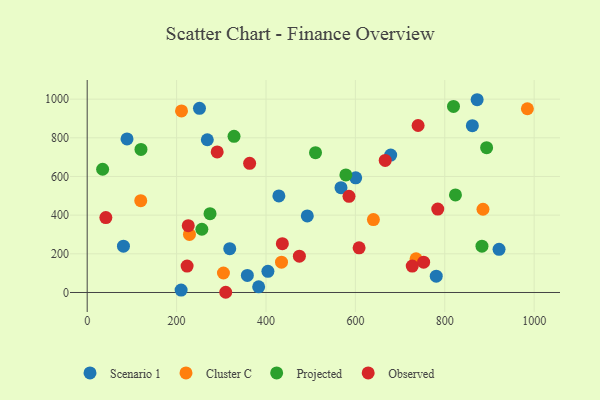
{"axis": {"x": "Study Hours", "y": "Salary"}, "legend": ["Cluster C", "Observed", "Projected", "Scenario 1"], "data": [{"x": "251.2", "y": 952.6, "type": "Scenario 1"}, {"x": "358.3", "y": 88.2, "type": "Scenario 1"}, {"x": "861.7", "y": 862.8, "type": "Scenario 1"}, {"x": "404.3", "y": 109.4, "type": "Scenario 1"}, {"x": "81.1", "y": 239.6, "type": "Scenario 1"}, {"x": "567.8", "y": 542.1, "type": "Scenario 1"}, {"x": "780.9", "y": 84.4, "type": "Scenario 1"}, {"x": "492.4", "y": 396.2, "type": "Scenario 1"}, {"x": "679.0", "y": 710.6, "type": "Scenario 1"}, {"x": "428.8", "y": 499.6, "type": "Scenario 1"}, {"x": "872.4", "y": 997.0, "type": "Scenario 1"}, {"x": "383.6", "y": 29.5, "type": "Scenario 1"}, {"x": "89.1", "y": 794.5, "type": "Scenario 1"}, {"x": "600.7", "y": 592.9, "type": "Scenario 1"}, {"x": "210.1", "y": 12.4, "type": "Scenario 1"}, {"x": "318.9", "y": 226.5, "type": "Scenario 1"}, {"x": "268.7", "y": 789.9, "type": "Scenario 1"}, {"x": "921.4", "y": 223.1, "type": "Scenario 1"}, {"x": "984.8", "y": 950.4, "type": "Cluster C"}, {"x": "119.8", "y": 474.7, "type": "Cluster C"}, {"x": "211.0", "y": 939.2, "type": "Cluster C"}, {"x": "735.7", "y": 174.0, "type": "Cluster C"}, {"x": "434.7", "y": 157.0, "type": "Cluster C"}, {"x": "640.3", "y": 377.0, "type": "Cluster C"}, {"x": "304.8", "y": 100.9, "type": "Cluster C"}, {"x": "228.8", "y": 300.1, "type": "Cluster C"}, {"x": "885.5", "y": 430.5, "type": "Cluster C"}, {"x": "328.5", "y": 807.5, "type": "Projected"}, {"x": "256.5", "y": 327.1, "type": "Projected"}, {"x": "819.5", "y": 962.5, "type": "Projected"}, {"x": "120.3", "y": 740.0, "type": "Projected"}, {"x": "823.9", "y": 504.5, "type": "Projected"}, {"x": "893.6", "y": 749.0, "type": "Projected"}, {"x": "510.8", "y": 723.3, "type": "Projected"}, {"x": "883.2", "y": 239.7, "type": "Projected"}, {"x": "578.7", "y": 608.3, "type": "Projected"}, {"x": "274.8", "y": 407.4, "type": "Projected"}, {"x": "34.5", "y": 637.4, "type": "Projected"}, {"x": "290.8", "y": 727.2, "type": "Observed"}, {"x": "752.7", "y": 156.8, "type": "Observed"}, {"x": "226.1", "y": 345.7, "type": "Observed"}, {"x": "223.5", "y": 136.7, "type": "Observed"}, {"x": "666.7", "y": 683.1, "type": "Observed"}, {"x": "474.7", "y": 188.0, "type": "Observed"}, {"x": "585.7", "y": 497.5, "type": "Observed"}, {"x": "363.4", "y": 667.8, "type": "Observed"}, {"x": "727.2", "y": 136.7, "type": "Observed"}, {"x": "740.3", "y": 863.6, "type": "Observed"}, {"x": "608.3", "y": 231.1, "type": "Observed"}, {"x": "436.6", "y": 252.3, "type": "Observed"}, {"x": "309.9", "y": 1.1, "type": "Observed"}, {"x": "784.3", "y": 431.2, "type": "Observed"}, {"x": "41.7", "y": 387.6, "type": "Observed"}]}